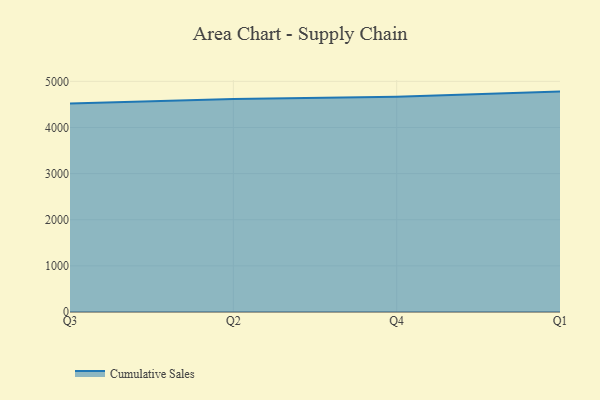
{"axis": {"x": "Quarter", "y": "Temperature (°C)"}, "legend": ["Cumulative Sales"], "data": [{"x": "Q3", "y": 4521.4, "type": "Cumulative Sales"}, {"x": "Q2", "y": 4617.6, "type": "Cumulative Sales"}, {"x": "Q4", "y": 4668.1, "type": "Cumulative Sales"}, {"x": "Q1", "y": 4778.2, "type": "Cumulative Sales"}]}